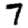
Digit: 7